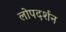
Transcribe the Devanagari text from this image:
लोपदर्शन